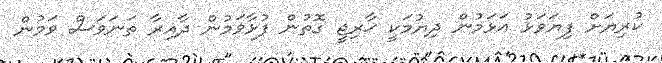
ކުރިޔަށް ފިޔަވަޅު އަޅަމުން ދިޔުމަކީ ޚާރިޖީ ގޮތުން ފުޅާވަމުން ދާއިރާ ތަނަވަސް ވަމުން